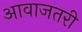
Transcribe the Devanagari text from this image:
आवाजतरी